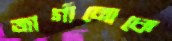
জার্গানোকে